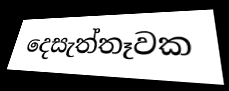
දෙසැත්තෑවක